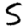
Digit: 5